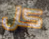
كل